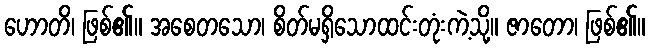
ဟောတိ၊ ဖြစ်၏။ အစေတသော၊ စိတ်မရှိသောထင်းတုံးကဲ့သို့။ ဇာတော၊ ဖြစ်၏။